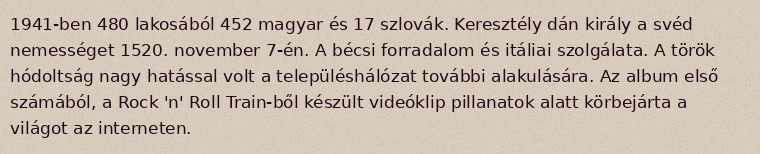
1941-ben 480 lakosából 452 magyar és 17 szlovák. Keresztély dán király a svéd nemességet 1520. november 7-én. A bécsi forradalom és itáliai szolgálata. A török hódoltság nagy hatással volt a településhálózat további alakulására. Az album első számából, a Rock 'n' Roll Train-ből készült videóklip pillanatok alatt körbejárta a világot az interneten.